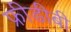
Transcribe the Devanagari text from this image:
फ्रीडीबी